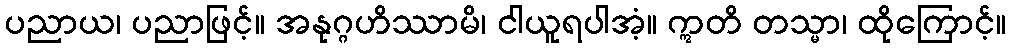
ပညာယ၊ ပညာဖြင့်။ အနုဂ္ဂဟိဿာမိ၊ ငါယူရပါအံ့။ ဣတိ တသ္မာ၊ ထိုကြောင့်။